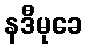
နဒီမုခေ